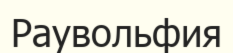
Раувольфия